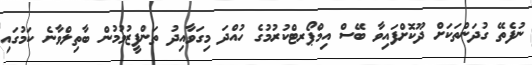
ނުފެތޭ ގުދަންތަކަށް ދޫކޮށްފައިވާ ބޭސް އިމްޕޯރޓްކުރުމުގެ ހުއްދަ މިގަވާއިދު ތަންފީޒުވުމުން ބާތިލްވާނެ ކަމުގައި